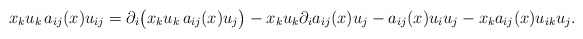
\begin{align*}x_{k} u_{k} \, a_{ij}(x) u_{ij}= \partial_i\big(x_{k} u_{k} \, a_{ij}(x) u_{j}\big) - x_{k} u_{k} \partial_i a_{ij}(x) u_{j} - a_{ij}(x)u_{i}u_{j} - x_{k}a_{ij}(x)u_{ik} u_{j}.\end{align*}